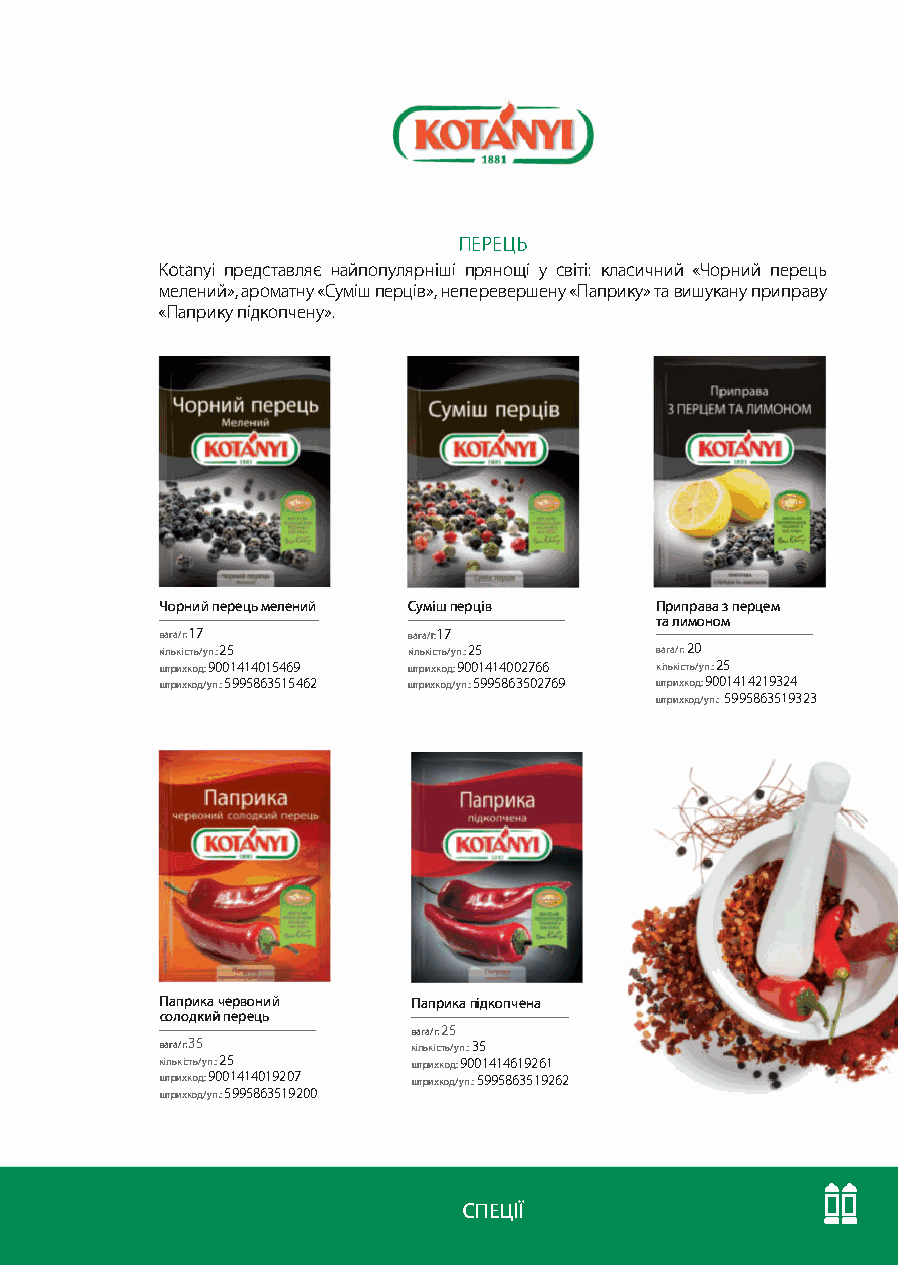
ПЕРЕЦЬ
 Kotanyi представляє найпопулярніші прянощі у світі: класичний «Чорний перець
 мелений», ароматну «Суміш перців», неперевершену «Паприку» та вишукану приправу
 «Паприку підкопчену».
 Чорний перець мелений Суміш перців Приправа з перцем
 та лимоном
 вага/г: 17      вага/г: l 7
 кількість/уп.: 25 кількість/уп.: 25 вага/г: 20
 штрихкод: 900141401 5469 штрихкод: 9001414002766 кількість/уп.: 25
 штрихкод/уп.: 5995863515462 штрихкод/уп.: 5995863502769 штрихкод: 9001414219324
 штрихкод/уп.: 5995863519323
 Паприка червоний Паприка підкопчена
 СОЛОДКИЙ перець
 вага/г:25
 вага/г:35       кількість/уп.: 35
 кількість/уп.: 25 штрихкод: 9001414619261
 штрихкод: 9001414019207 штрихкод/уп.: 5995863519262
 штрихкод/уп,: 5995863519200
 ....
 -□-□
 СПЕЦІЇ